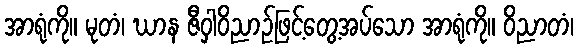
အာရုံကို။ မုတံ၊ ဃာန ဇီဝှါဝိညာဉ်ဖြင့်တွေ့အပ်သော အာရုံကို။ ဝိညာတံ၊